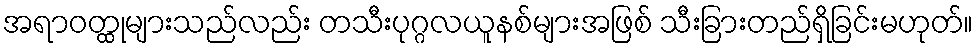
အရာဝတ္ထုများသည်လည်း တသီးပုဂ္ဂလယူနစ်များအဖြစ် သီးခြားတည်ရှိခြင်းမဟုတ်။